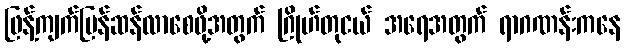
ဖြန့်ကျက်မြန်ဆန်လာစေဖို့အတွက် ဂြိုဟ်တုငယ် အရေအတွက် ရာဂဏန်းကနေ